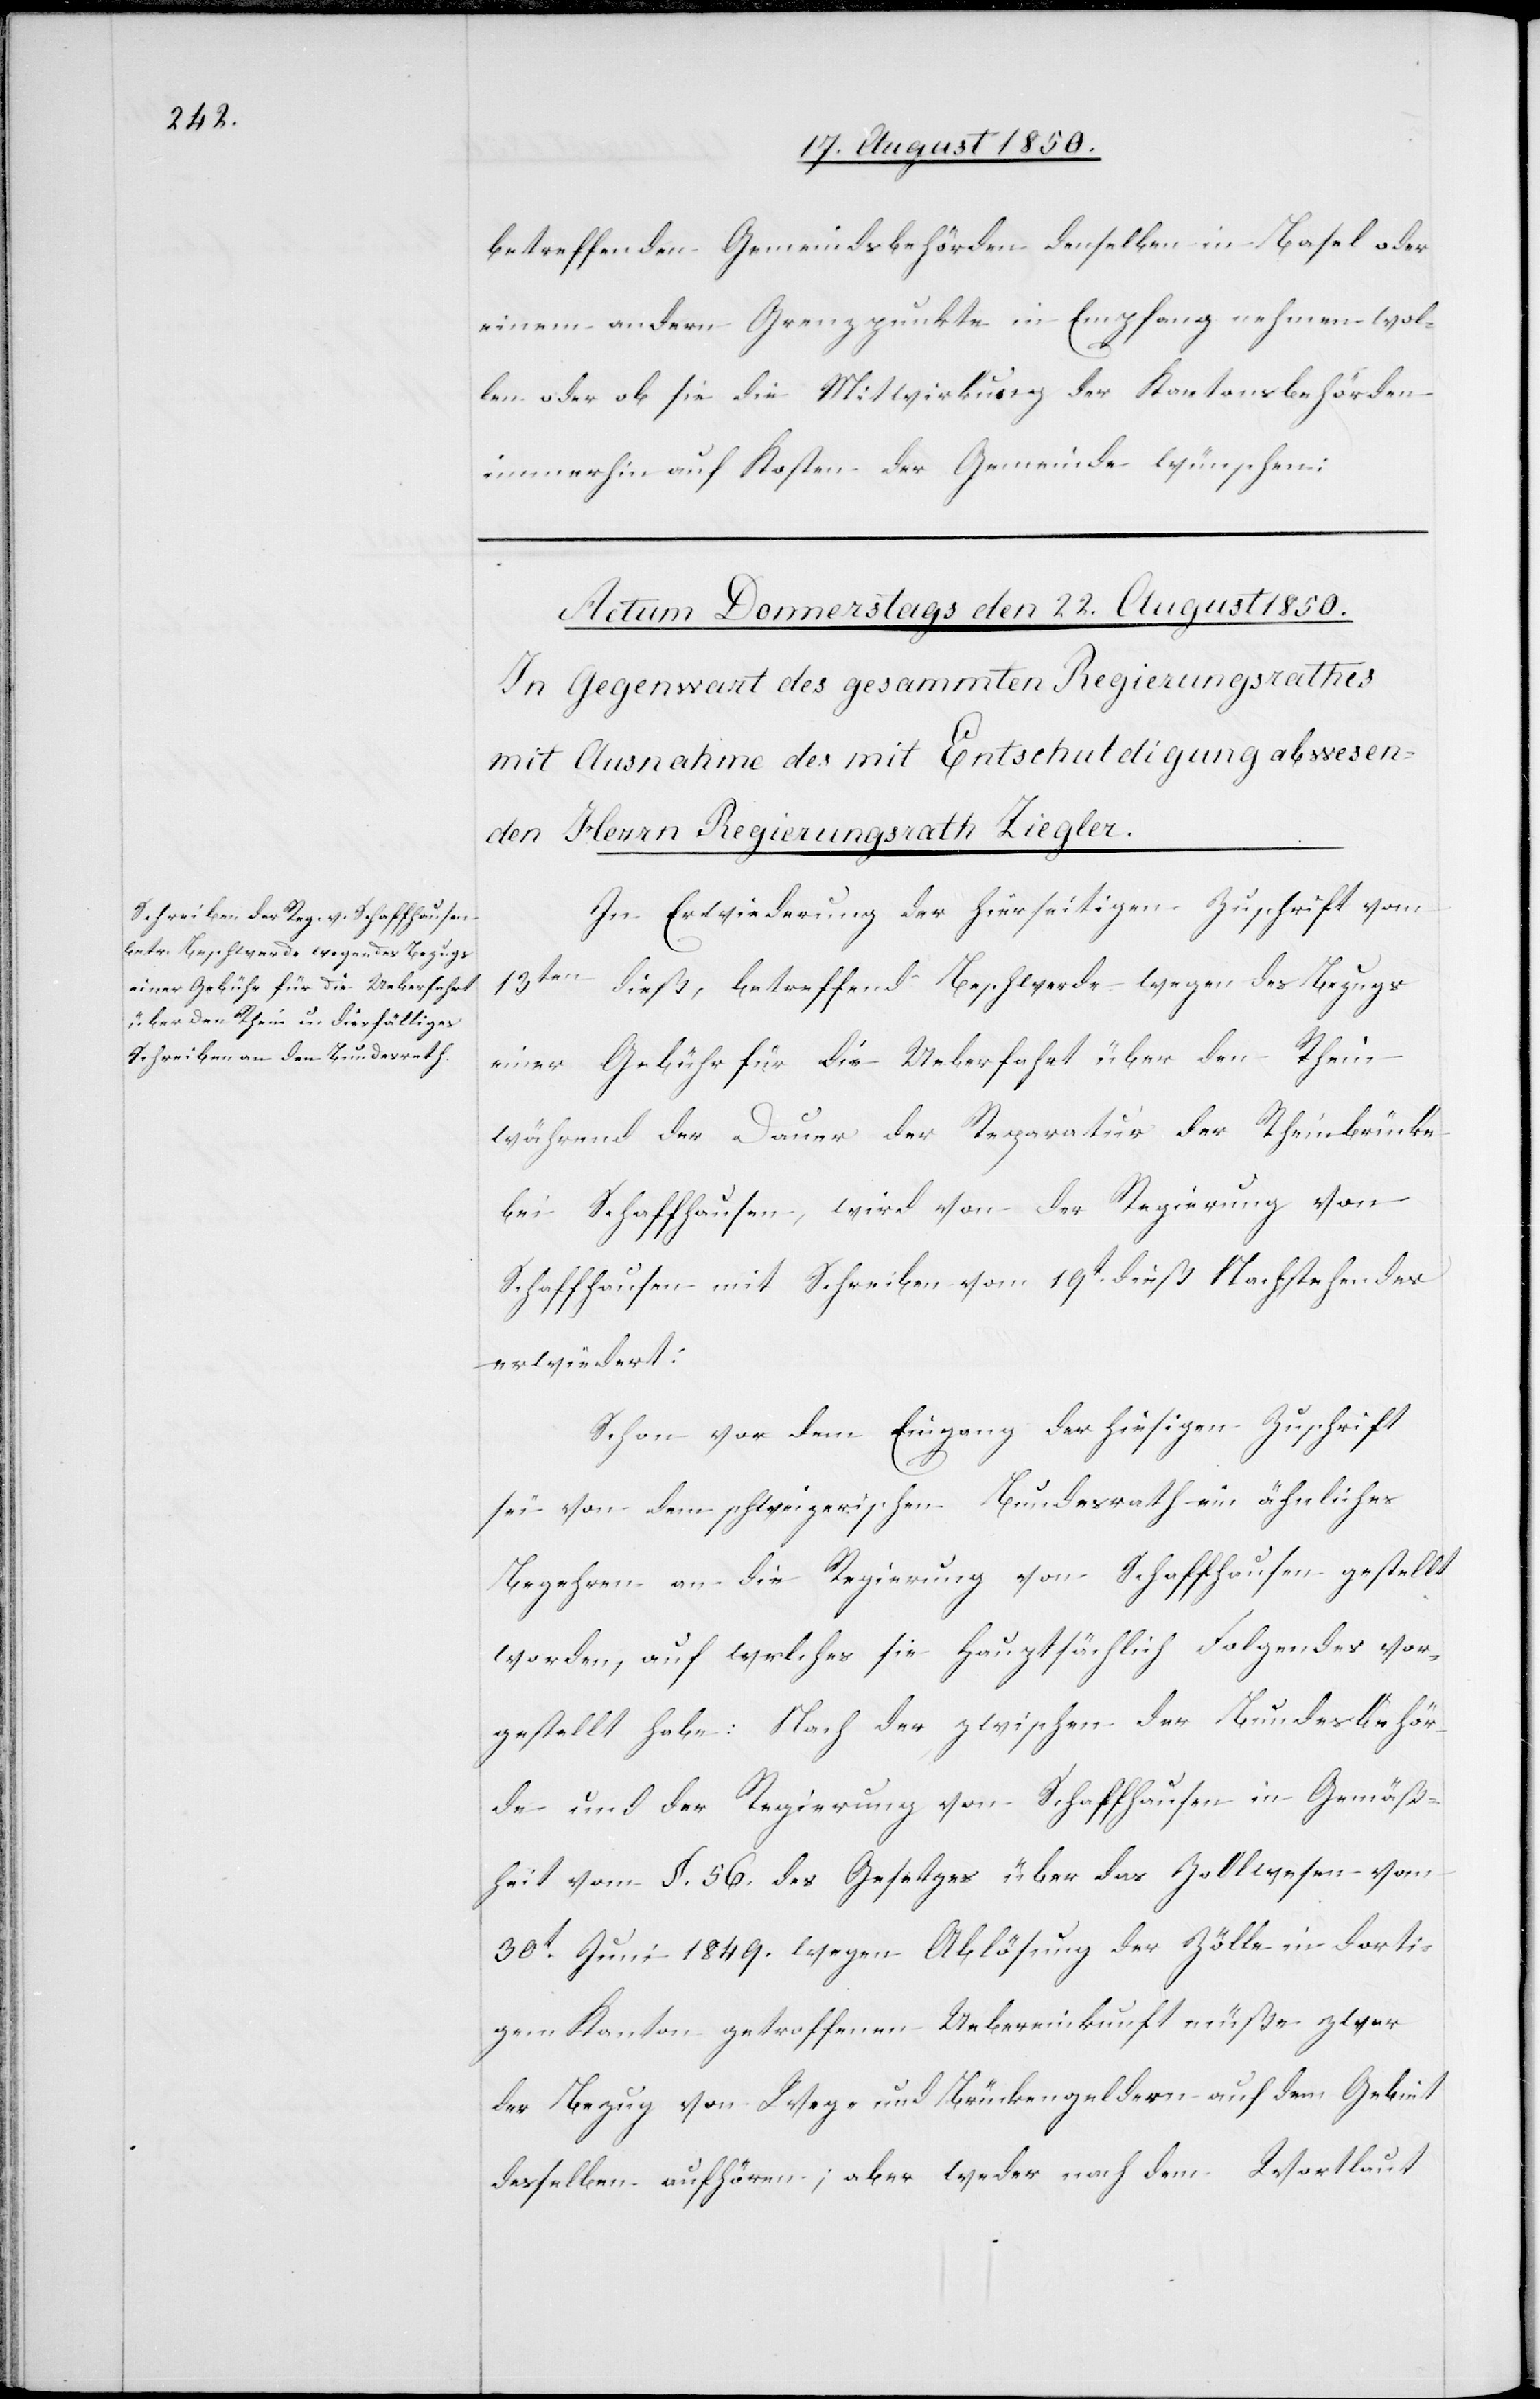
betreffenden Gemeindsbehörden denselben in Basel oder
einem andern Grenzpunkte in Empfang nehmen wol¬
len oder ob sie die Mitwirkung der Kantonsbehörden
immerhin auf Kosten der Gemeinde wünschen:
In Erwiederung der hierseitigen Zuschrift vom
13ten dieß, betreffend Beschwerde wegen des Bezugs
einer Gebühr für die Ueberfahrt über den Rhein
während der Dauer der Reparatur der Rheinbrücke
bei Schaffhausen, wird von der Regierung von
Schaffhausen und Schreiben vom 19t dieß Nachstehendes
erwiedert:
Schon vor dem Eingang der hiesigen Zuschrift
sei von dem schweizerischen Bundesrath ein ähnliches
Begehren an die Regierung von Schaffhausen gestellt
worden, auf welches sie hauptsächlich Folgendes vor¬
gestellt habe: Nach der zwischen der Bundesbehör¬
de und der Regierung von Schaffhausen in Gemäß¬
heit vom §. 56. des Gesetzes über das Zollwesen vom
30t Juni 1849. wegen Ablösung der Zölle in dorti¬
gem Kanton getroffenen Uebereinkunft müße zwar
der Bezug von Weg- und Brückengeldern auf dem Gebiet
desselben aufhören; aber weder nach dem Wortlaut